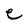
Character: e